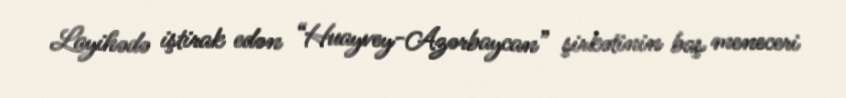
Layihədə iştirak edən “Huayvey-Azərbaycan” şirkətinin baş meneceri